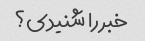
خبر را شنیدی؟